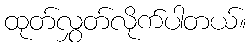
ထုတ်လွှတ်လိုက်ပါတယ်။